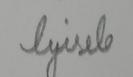
Signature authenticity: forged